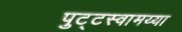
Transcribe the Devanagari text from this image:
पुट्टस्वामय्या